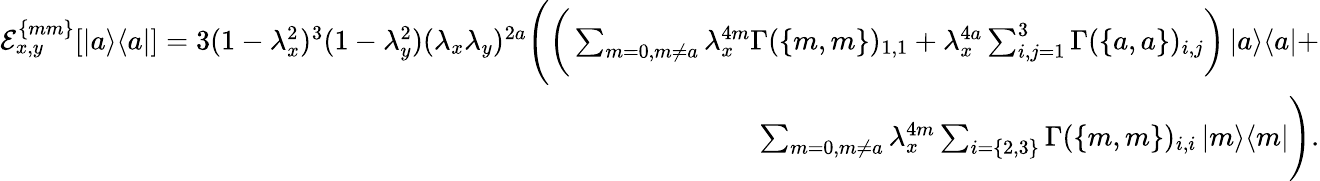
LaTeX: \begin{array}{r}{\mathcal{E}_{x,y}^{\{ mm\} }[\left|a\middle>\middle<a\right|]=3(1-\lambda_{x}^{2})^{3}(1-\lambda_{y}^{2})(\lambda_{x}\lambda_{y})^{2a}\Bigg(\bigg(\sum_{m=0,m\neq a}\lambda_{x}^{4m}\Gamma(\{ m,m\} )_{1,1}+\lambda_{x}^{4a}\sum_{i,j=1}^{3}\Gamma(\{ a,a\} )_{i,j}\bigg)\left|a\middle>\middle<a\right|+}\\ {\sum_{m=0,m\neq a}\lambda_{x}^{4m}\sum_{i=\{ 2,3\} }\Gamma(\{ m,m\} )_{i,i}\left|m\middle>\middle<m\right|\Bigg).}\end{array}